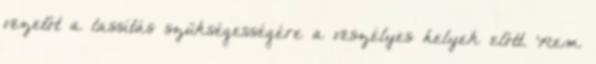
vezetőt a lassítás szükségességére a veszélyes helyek előtt. Nem